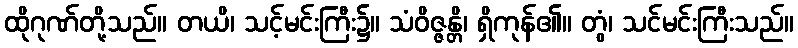
ထိုဂုဏ်တို့သည်။ တယိ၊ သင့်မင်းကြီး၌။ သံဝိဇ္ဇန္တိ၊ ရှိကုန်၏။ တွံ၊ သင်မင်းကြီးသည်။